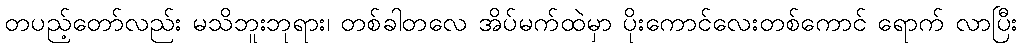
တပည့်တော်လည်း မသိဘူးဘုရား၊ တစ်ခါတလေ အိပ်မက်ထဲမှာ ပိုးကောင်လေးတစ်ကောင် ရောက် လာပြီး